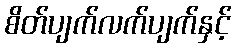
စိတ်ပျက်လက်ပျက်နှင့်